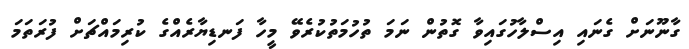
ގާނޫނަށް ގެނައި އިސްލާހުގައިވާ ގޮތުން ނަމަ ތުހުމަތުކުރެވޭ މީހާ ފަނޑިޔާރެއްގެ ކުރިމައްޗަށް ފުރަތަމަ